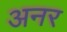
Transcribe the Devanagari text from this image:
अनर